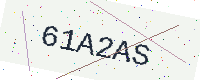
Text: 61A2AS